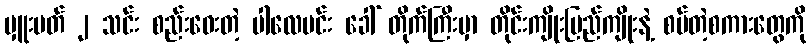
မှူးမတ် ၂ သင်း စည်းဝေးတဲ့ ပါလေမင်း ခေါ် တိုက်ကြီးမှာ တိုင်းကျိုးပြည်ကျိုးနဲ့ စပ်တဲ့စကားတွေကို